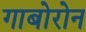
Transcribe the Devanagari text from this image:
गाबोरोन